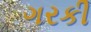
ગરકી